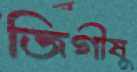
জিগীষু